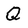
Character: Q